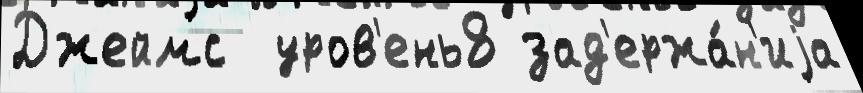
Джеймс  уров'ень8 зад'ержа́н'иjа